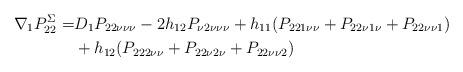
LaTeX: \begin{align*}\nabla_1 P^\Sigma_{22} =& D_1 P_{22 \nu \nu \nu}-2 h_{12} P_{\nu 2 \nu \nu \nu} +h_{11} (P_{221\nu\nu}+P_{22\nu 1 \nu}+P_{22\nu \nu 1}) \\& +h_{12} (P_{222\nu \nu}+P_{22\nu 2 \nu}+P_{22 \nu \nu 2})\end{align*}